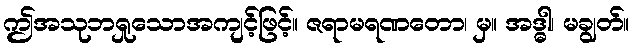
ဤအသုဘရှုသောအကျင့်ဖြင့်။ ဇရာမရဏတော၊ မှ။ အဒ္ဓါ၊ မချွတ်။